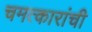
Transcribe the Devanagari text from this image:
चमत्कारांची